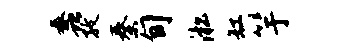
蠡孜秦旬淞缸竽